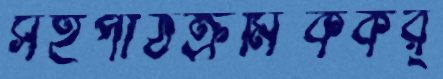
সহপাঠক্রমিককর্